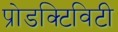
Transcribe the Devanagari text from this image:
प्रोडक्टिविटी